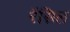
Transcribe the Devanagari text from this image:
रेंसिल